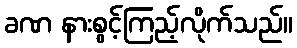
ခဏ နားစွင့်ကြည့်လိုက်သည်။